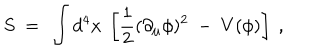
S ~ = ~ \int d ^ { 4 } x ~ \left[ \frac 1 2 ( \partial _ { \mu } \phi ) ^ { 2 } ~ - ~ V ( \phi ) \right] ~ ,